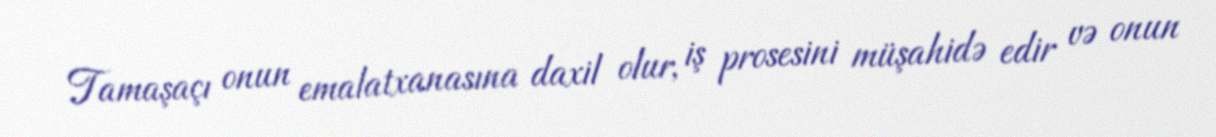
Tamaşaçı onun emalatxanasına daxil olur, iş prosesini müşahidə edir və onun